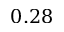
0 . 2 8